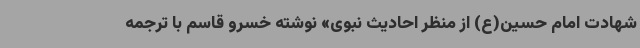
شهادت امام حسین(ع) از منظر احادیث نبوی» نوشته خسرو قاسم با ترجمه